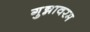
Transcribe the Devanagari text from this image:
गुन्नावरम